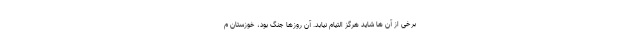
برخی از آن ها شاید هرگز التیام نیابد. آن روزها جنگ بود، خوزستان م